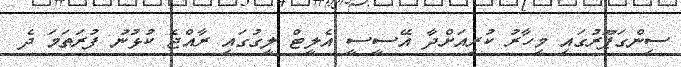
ސިންގަޕޫރުގައި މިހާރު ކުރިއަށްދާ އޭސީސީ އެލީޓް ލީގުގައި ރާއްޖެ ކުޅުނު ފުރަތަމަ ދެ